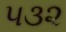
૫૩૨